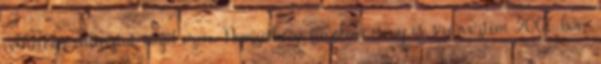
vélhetően változtat majd ezen. Nemzetközi fuvolaverseny is szerveztem 2006-ban,